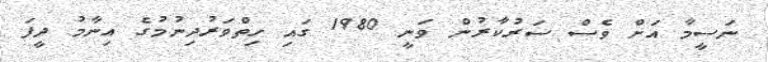
ނަސީމާ އަށް ވެސް ސަރުކާރުން ވަނީ 1980 ގައި ހިތްވަރުދިނުމުގެ އިނާމު ދީފަ